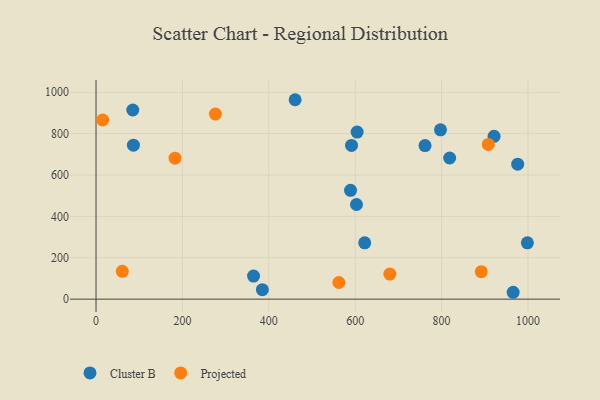
{"axis": {"x": "Engine Size", "y": "Fuel Efficiency"}, "legend": ["Cluster B", "Projected"], "data": [{"x": "998.6", "y": 272.0, "type": "Cluster B"}, {"x": "622.0", "y": 272.0, "type": "Cluster B"}, {"x": "86.6", "y": 743.8, "type": "Cluster B"}, {"x": "797.5", "y": 818.2, "type": "Cluster B"}, {"x": "85.1", "y": 914.0, "type": "Cluster B"}, {"x": "591.5", "y": 742.6, "type": "Cluster B"}, {"x": "976.2", "y": 652.3, "type": "Cluster B"}, {"x": "818.7", "y": 682.1, "type": "Cluster B"}, {"x": "761.7", "y": 742.1, "type": "Cluster B"}, {"x": "921.5", "y": 786.9, "type": "Cluster B"}, {"x": "385.1", "y": 45.8, "type": "Cluster B"}, {"x": "364.7", "y": 111.7, "type": "Cluster B"}, {"x": "965.7", "y": 33.2, "type": "Cluster B"}, {"x": "604.5", "y": 807.3, "type": "Cluster B"}, {"x": "589.2", "y": 525.9, "type": "Cluster B"}, {"x": "460.9", "y": 963.6, "type": "Cluster B"}, {"x": "603.0", "y": 457.4, "type": "Cluster B"}, {"x": "276.4", "y": 894.2, "type": "Projected"}, {"x": "15.3", "y": 865.7, "type": "Projected"}, {"x": "60.9", "y": 134.2, "type": "Projected"}, {"x": "680.2", "y": 121.1, "type": "Projected"}, {"x": "908.1", "y": 747.4, "type": "Projected"}, {"x": "182.9", "y": 681.4, "type": "Projected"}, {"x": "891.8", "y": 132.6, "type": "Projected"}, {"x": "562.2", "y": 80.4, "type": "Projected"}]}